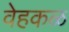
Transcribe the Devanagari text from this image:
वेहकळ